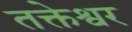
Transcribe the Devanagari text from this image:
तक्तेश्वर